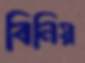
বিনিয়